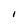
Character: l